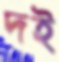
দই